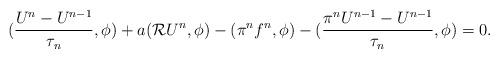
\begin{align*}(\frac{U^n-U^{n-1}}{\tau_n},\phi)+a({\cal R}U^n,\phi)-(\pi^nf^n,\phi)-(\frac{\pi^n U^{n-1}-U^{n-1}}{\tau_n},\phi)=0 .\end{align*}